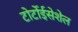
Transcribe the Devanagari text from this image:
टोर्टोईसेशेल